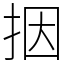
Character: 㧢